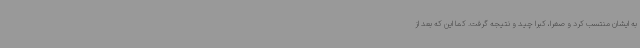
به ایشان منتسب کرد و صغرا، کبرا چید و نتیجه گرفت. کما این که بعد از